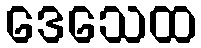
ဒေသေထ